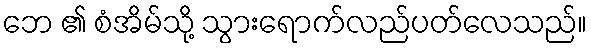
ဘေ ၏ စံအိမ်သို့ သွားရောက်လည်ပတ်လေသည်။